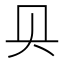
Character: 𰋙